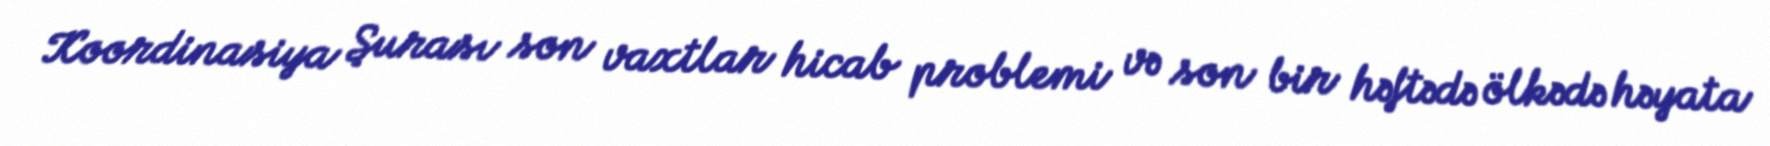
Koordinasiya Şurası son vaxtlar hicab problemi və son bir həftədə ölkədə həyata